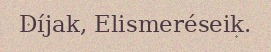
Díjak, Elismeréseik.